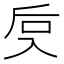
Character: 𰃙